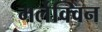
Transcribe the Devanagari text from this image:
मर्लेक्विन